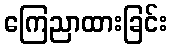
ကြေညာထားခြင်း